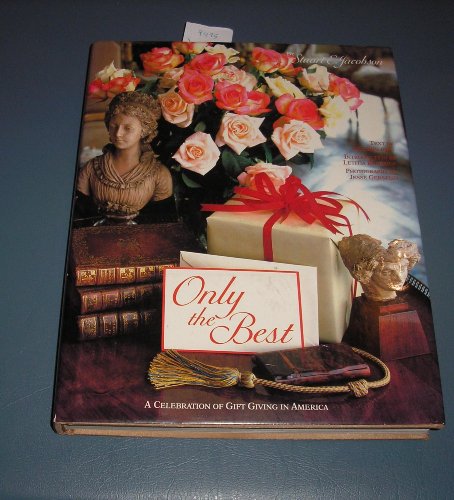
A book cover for Only the Best: A Celebration of Gift Giving in America; Stuart Jacobson; Crafts, Hobbies & Home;